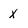
Character: x